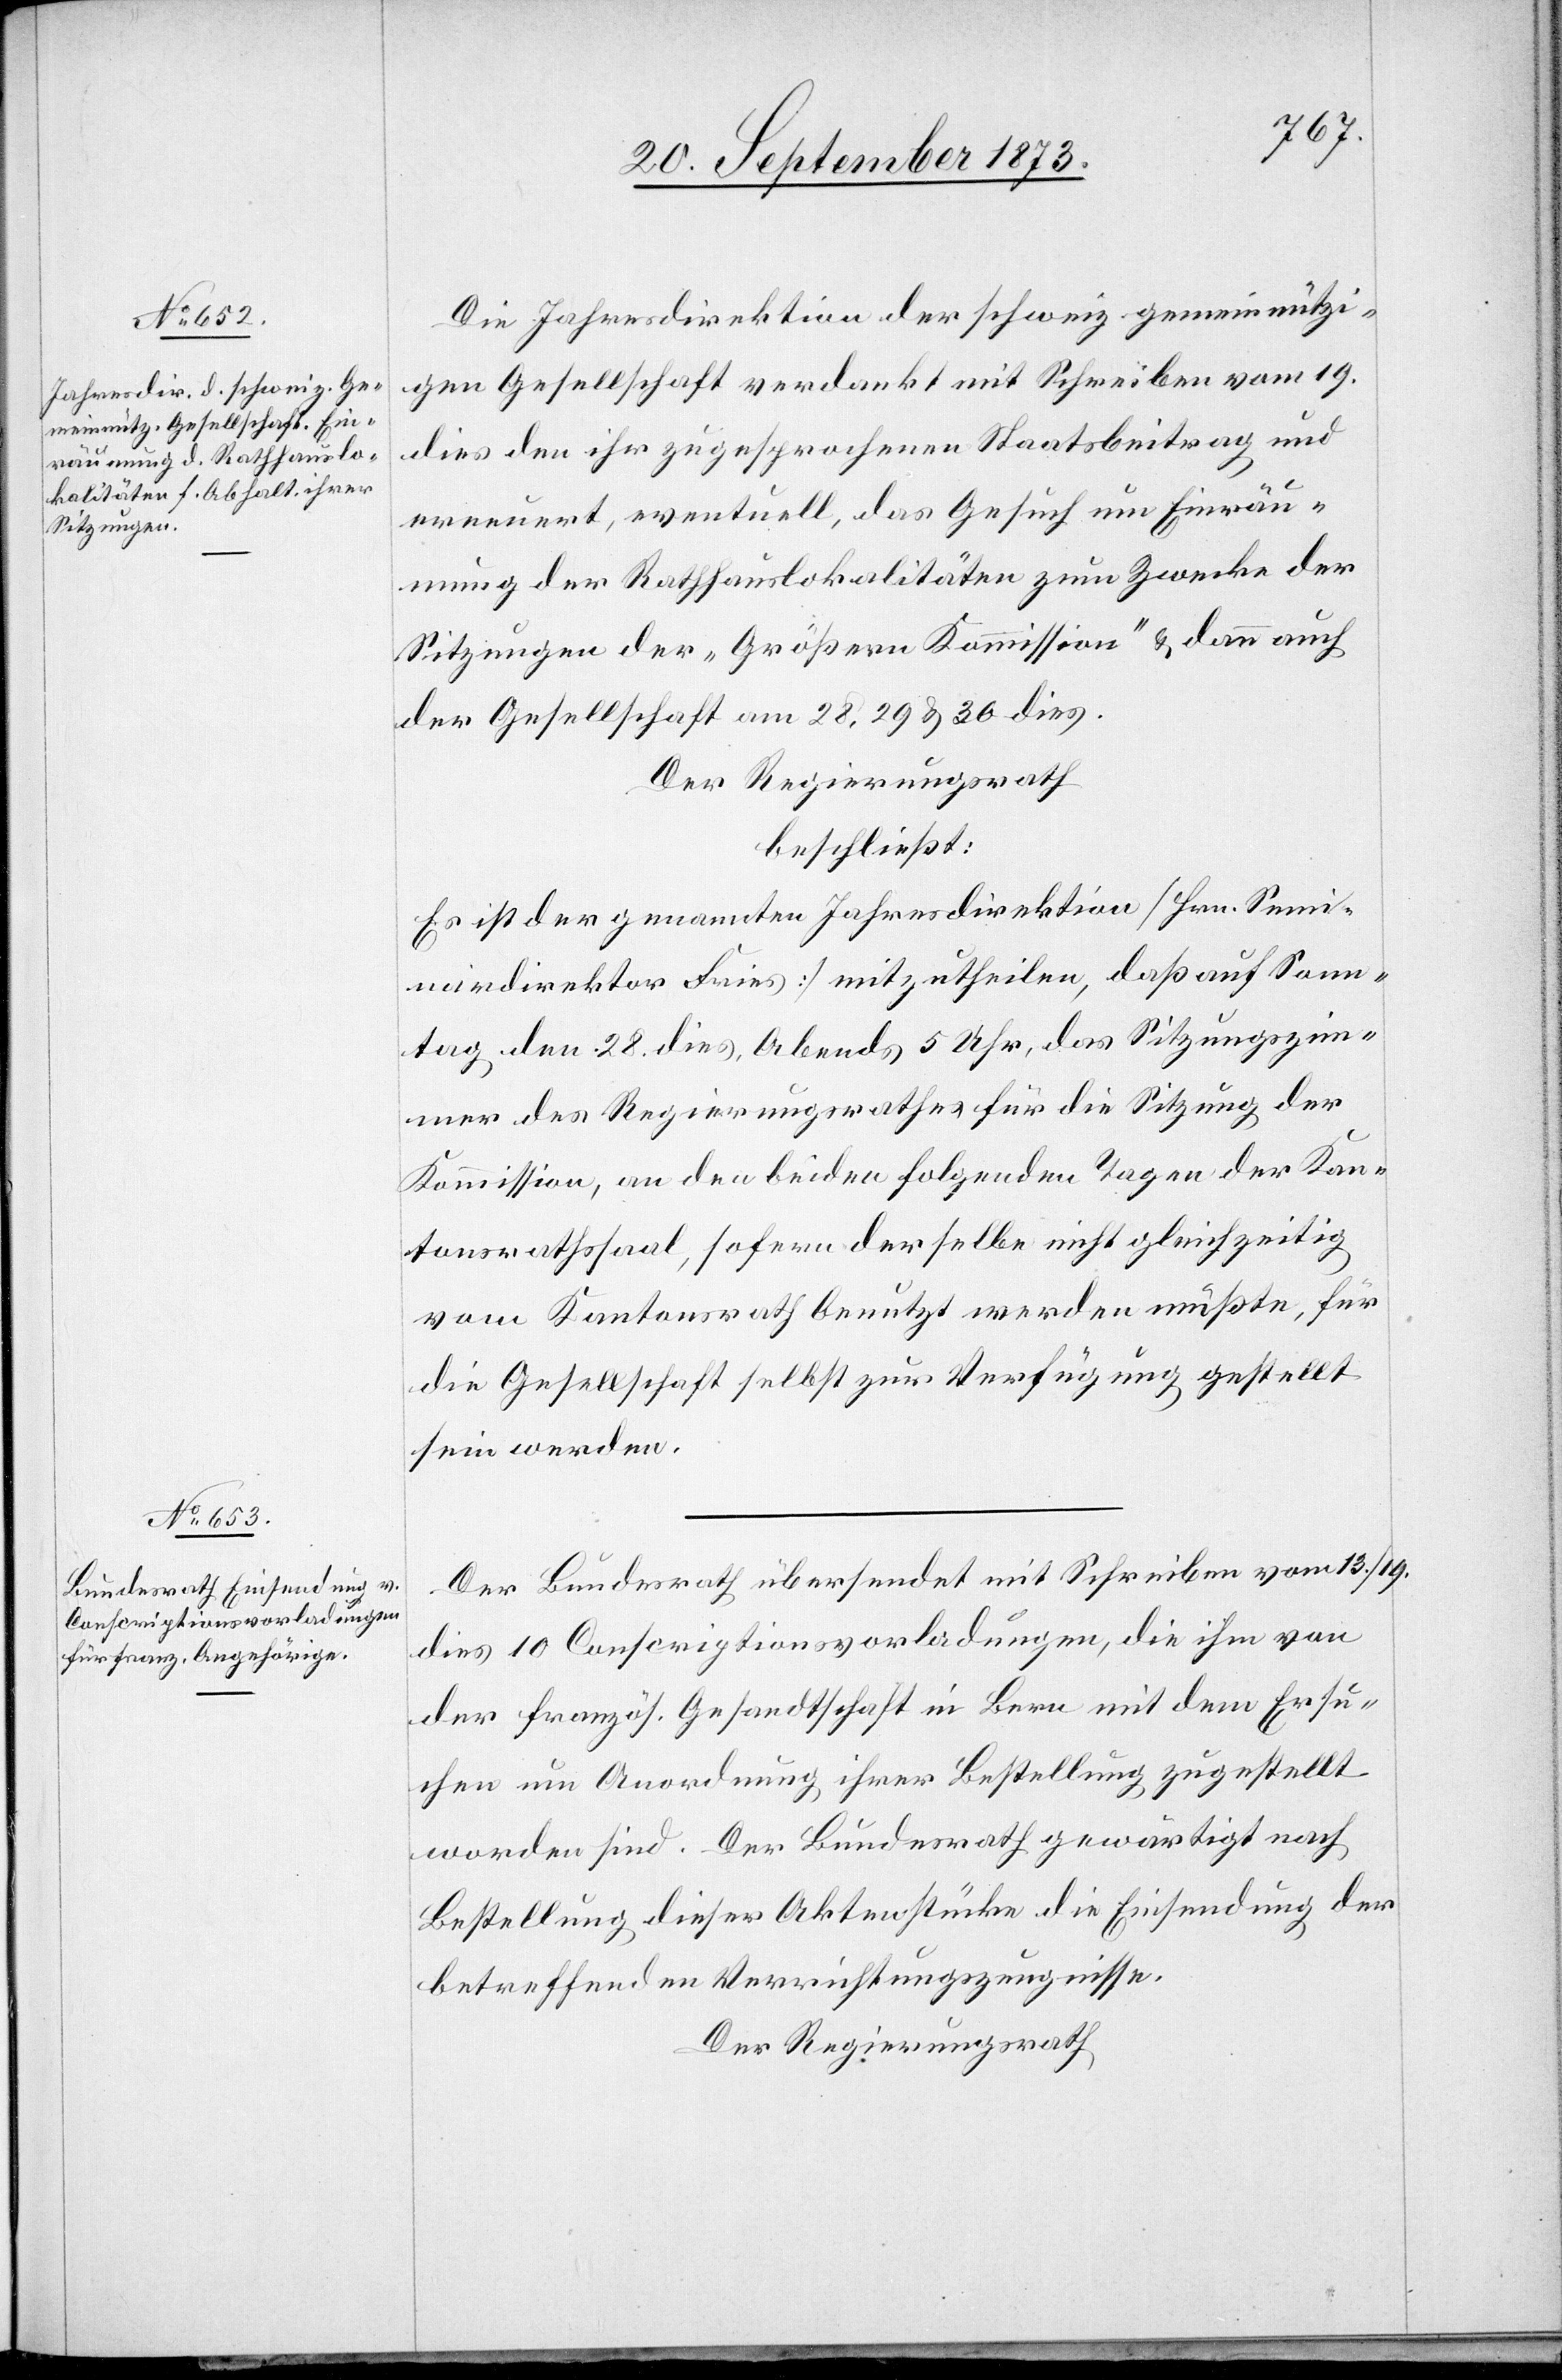
Die Jahresdirektion der schweiz. gemeinnützi¬
gen Gesellschaft verdankt mit Schreiben vom 19.
dies den ihr zugesprochenen Staatsbeitrag und
erneuert, eventuell, das Gesuch um Einräu¬
mung der Rathhauslokalitäten zum Zwecke der
Sitzungen der „Größern Kommission“ & dann auch
der Gesellschaft am 28, 29 & 30 dies.
Der Regierungsrath
beschließt:
Es ist der genannten Jahresdirektion [Hrn. Semi¬
nardirektor Fries] mitzutheilen, daß auf Sonn¬
tag den 28. dies, Abends 5 Uhr, das Sitzungszim¬
mer des Regierungsrathes für die Sitzung der
Kommission, an den beiden folgenden Tagen der Kan¬
tonsrathssaal, sofern derselbe nicht gleichzeitig
vom Kantonsrath benutzt werden müßte, für
die Gesellschaft selbst zur Verfügung gestellt
sein werden.
Der Bundesrath übersendet mit Schreiben vom 13./19.
dies 10 Conscriptionsvorladungen, die ihm von
der französ. Gesandtschaft in Bern mit dem Ersu¬
chen um Anordnung ihrer Bestellung zugestellt
worden sind. Der Bundesrath gewärtigt nach
Bestellung dieser Aktenstücke die Einsendung der
betreffenden Verrichtungszeugnisse.
Der Regierungsrath